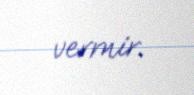
vermir.